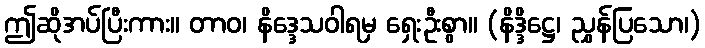
ဤဆိုအပ်ပြီးကား။ တာဝ၊ နိဒ္ဒေသဝါရမှ ရှေးဦးစွာ။ (နိဒ္ဒိဋ္ဌေ၊ ညွှန်ပြသော၊)